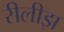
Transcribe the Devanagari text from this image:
रीलीझ